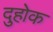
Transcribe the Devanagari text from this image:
दुहोक